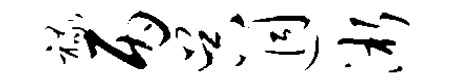
禄丙吴迥淅